Scottish Leaving Certificate Examination, 1957
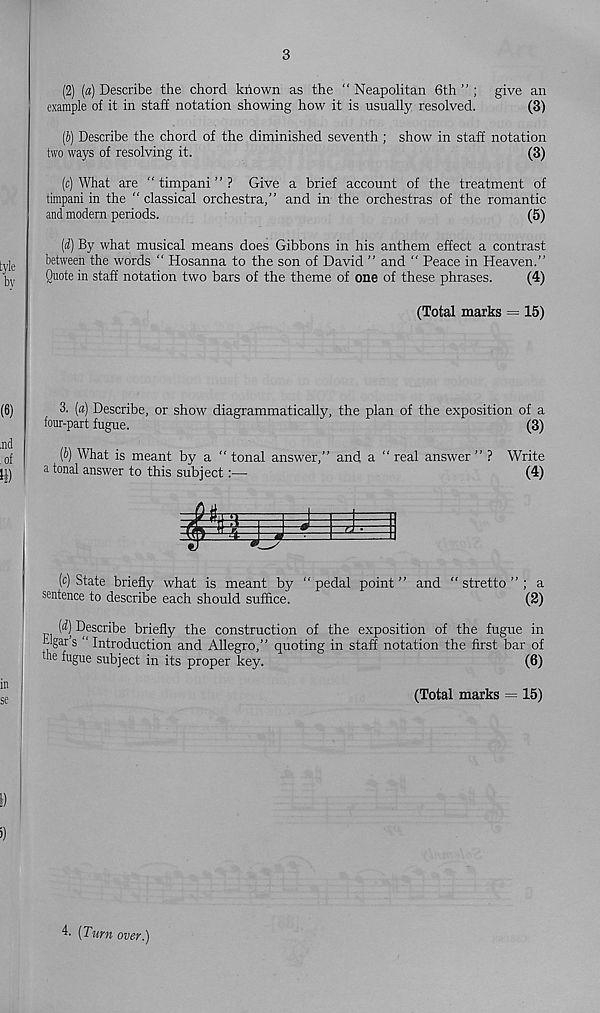
3
(2) (a) Describe the chord known as the “ Neapolitan 6th ” ; give an
example of it in staff notation showing how it is usually resolved.
(3)
(b) Describe the chord of the diminished seventh ; show in staff notation
two ways of resolving it.
(3)
(c) What are “timpani”? Give a brief account of the treatment of
timpani in the “ classical orchestra,” and in the orchestras of the romantic
and modern periods.
(5)
(d) By what musical means does Gibbons in his anthem effect a contrast
between the words “ Hosanna to the son of David ” and “ Peace in Heaven.”
Quote in staff notation two bars of the theme of one of these phrases.
(4)
(Total marks = 15)
3. [a) Describe, or show diagrammatically, the plan of the exposition of a
four-part fugue.
(3)
(6) What is meant by a “ tonal answer,” and a “ real answer ” ? Write
a tonal answer to this subject:—
(4)
(c) State briefly what is meant by “pedal point” and “ stretto ” ; a
sentence to describe each should suffice.
(2)
(^) Describe briefly the construction of the exposition of the fugue in
“gars “Introduction and Allegro,” quoting in staff notation the first bar of
the fugue subject in its proper key.
(6)
(Total marks = 15)
[Tum over.)